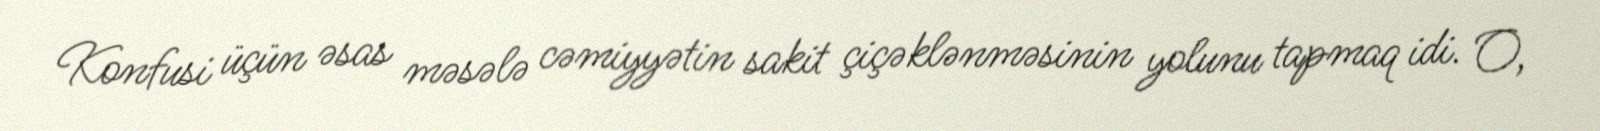
Konfusi üçün əsas məsələ cəmiyyətin sakit çiçəklənməsinin yolunu tapmaq idi. O,